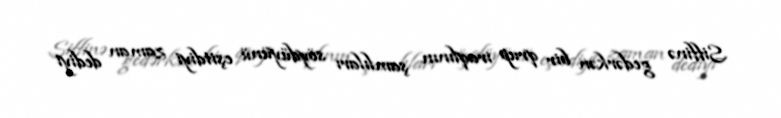
Siffinə gedərkən bir qrup iraqlının şamlıları söydüyünü eşitdiyi zaman dediyi